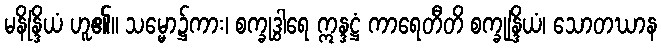
မနိန္ဒြိယံ ဟူ၏။ သမ္မော၌ကား၊ စက္ခုဒွါရေ ဣန္ဒဋ္ဌံ ကာရေတီတိ စက္ခုန္ဒြိယံ၊ သောတဃာန